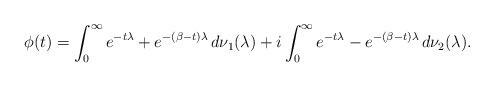
LaTeX: \begin{align*} \phi(t) = \int_0^\infty e^{-t\lambda} + e^{-(\beta - t)\lambda}\, d\nu_1(\lambda) + i \int_0^\infty e^{-t\lambda} - e^{-(\beta - t)\lambda}\, d\nu_2(\lambda). \end{align*}